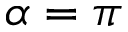
{ \alpha = \pi }